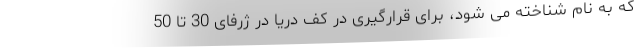
که به نام شناخته می شود، برای قرارگیری در کف دریا در ژرفای 30 تا 50